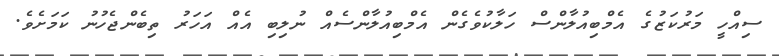
ސިއްހީ މަރުކަޒުގެ އެމްބިއުލާންސް ހަލާކުވެގެން އެމްބިއުލާންސެއް ނުލިބި އެއް އަހަރު ތިބެންޖެހުނު ކަމަށެވެ.